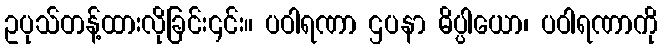
ဥပုသ်တန့်ထားလိုခြင်း၎င်း။ ပဝါရဏာ ဌပနာ ဓိပ္ပါယော၊ ပဝါရဏာကို